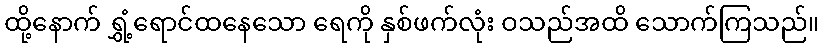
ထို့နောက် ရွှံ့ရောင်ထနေသော ရေကို နှစ်ဖက်လုံး ဝသည်အထိ သောက်ကြသည်။